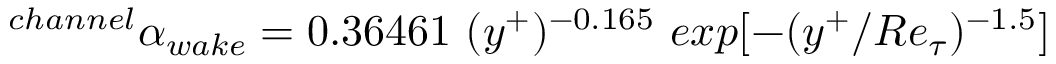
^ { c h a n n e l } \alpha _ { w a k e } = 0 . 3 6 4 6 1 ~ ( y ^ { + } ) ^ { - 0 . 1 6 5 } ~ e x p [ - ( y ^ { + } / R e _ { \tau } ) ^ { - 1 . 5 } ]